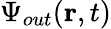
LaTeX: {\Psi}_{out}(\textbf{r},t)